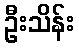
ဦးသိန်း